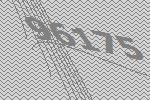
96175